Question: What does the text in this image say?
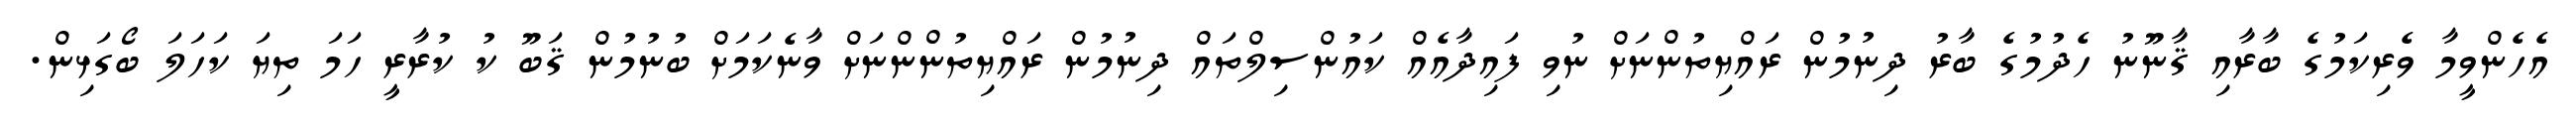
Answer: އެހެންވީމާ ވެރިކަމުގެ ބާރާއި ޤާނޫނު ހެދުމުގެ ބާރު ދިނުމުން ރައްޔިތުންނަށް ނުވި ފައިދާއެއް ކައުންސިލްތައް ދިނުމުން ރައްޔިތުންންނަށް ވާނެކަމަށް ބުނުމުން ޤަބޫ ކު ކުރާރީ ހަމަ ތިޔަ ކަހަލަ ބޯގަޅިން.